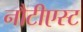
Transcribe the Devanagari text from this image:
नौटीएस्ट